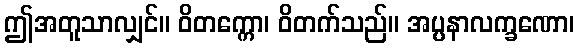
ဤအတူသာလျှင်။ ဝိတက္ကော၊ ဝိတက်သည်။ အပ္ပနာလက္ခဏော၊